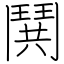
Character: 鬨